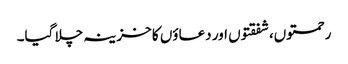
رحمتوں،شفقتوں اور دعاؤں کا خزینہ چلا گیا۔